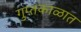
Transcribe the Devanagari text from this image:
गुप्‍तकाळात